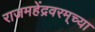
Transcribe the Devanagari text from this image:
राजमहेंद्रवरम्‌च्या